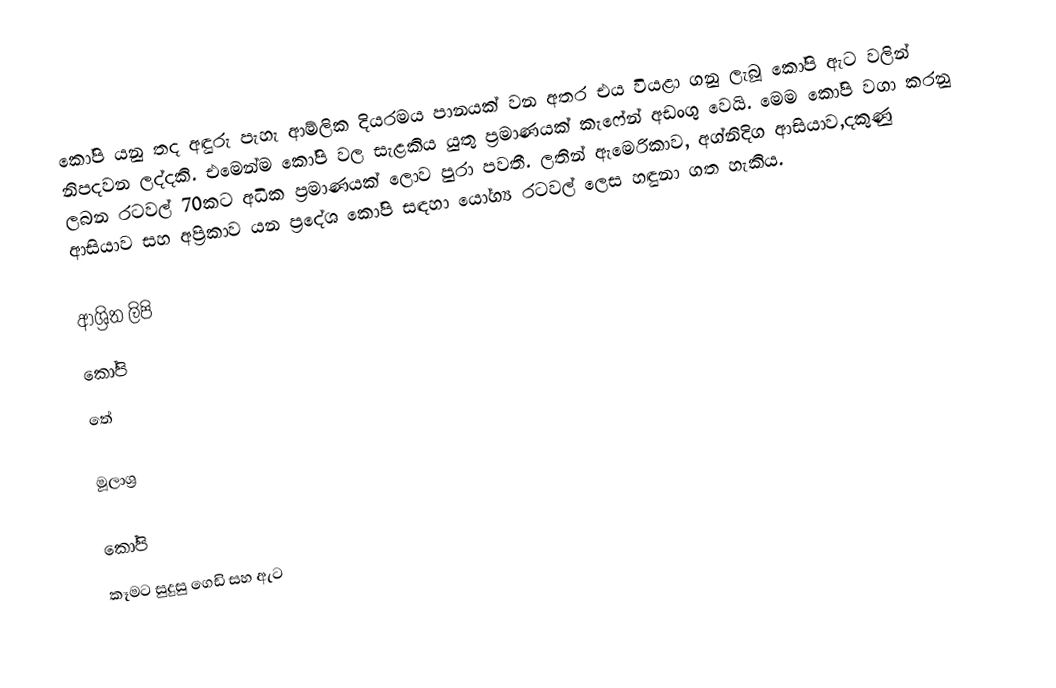
කෝපි යනු තද අඳුරු පැහැ ආම්ලික දියරමය පානයක් වන අතර එය වියළා ගනු ලැබූ කෝපි ඇට වලින් නිපදවන ලද්දකි.  එමෙන්ම කෝපි වල සැළකිය යුතු ප්‍රමාණයක් කැෆේන් අඩංගු වෙයි. මෙම කෝපි වගා කරනු ලබන රටවල් 70කට අධික ප්‍රමාණයක් ලොව පුරා පවතී. ලතින් ඇමෙරිකාව, අග්නිදිග ආසියාව,දකුණු ආසියාව සහ අප්‍රිකාව යන ප්‍රදේශ කෝපි සඳහා යෝග්‍ය රටවල් ලෙස හඳුනා ගත හැකිය.

ආශ්‍රිත ලිපි
 කෝපි
 තේ

මූලාශ්‍ර

කෝපි
කෑමට සුදුසු ගෙඩි සහ ඇට